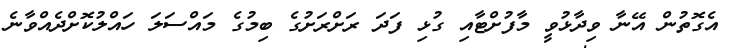
އެގޮތުން އޭނާ ވިދާޅުވީ މާފުށްޓާއި ގުޅި ފަދަ ރަށްރަށުގެ ބިމުގެ މައްސަލަ ހައްލުކޮށްދެއްވާނެ